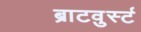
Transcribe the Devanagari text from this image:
ब्राटवुर्स्ट